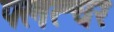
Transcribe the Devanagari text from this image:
फ्लत्चर